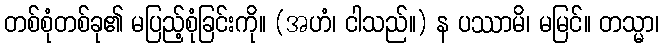
တစ်စုံတစ်ခု၏ မပြည့်စုံခြင်းကို။ (အဟံ၊ ငါသည်။) န ပဿာမိ၊ မမြင်။ တသ္မာ၊